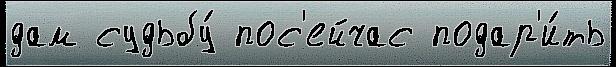
дам судьбу́ пос'ейчас подар'и́ть